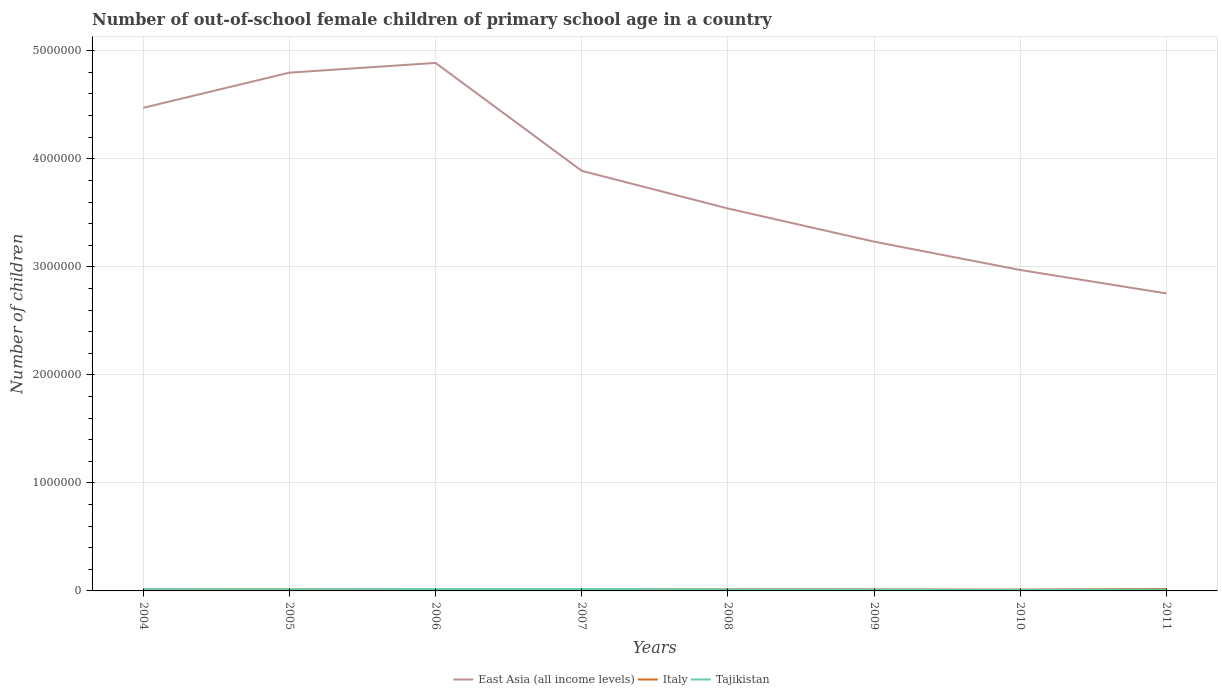
| Years | East Asia (all income levels) | Italy | Tajikistan |
 | --- | --- | --- | --- |
 | 2004 | 4.47e+06 | 1.4e+04 | 1.56e+04 |
 | 2005 | 4.8e+06 | 1.37e+04 | 1.46e+04 |
 | 2006 | 4.89e+06 | 1.27e+04 | 1.64e+04 |
 | 2007 | 3.89e+06 | 1.31e+04 | 1.77e+04 |
 | 2008 | 3.54e+06 | 1.41e+04 | 1.28e+04 |
 | 2009 | 3.23e+06 | 1.33e+04 | 1.19e+04 |
 | 2010 | 2.97e+06 | 1.2e+04 | 1.05e+04 |
 | 2011 | 2.75e+06 | 1.79e+04 | 1.13e+04 |